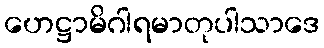
ဟေဋ္ဌာမိဂါရမာတုပါသာဒေ